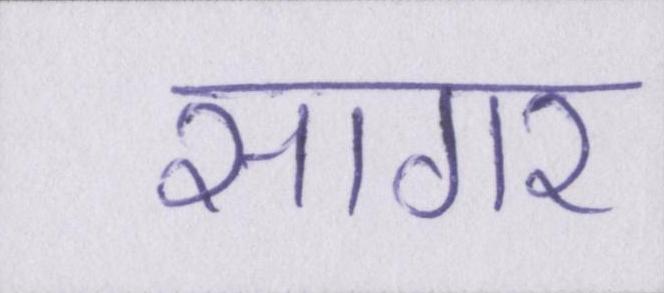
सागर